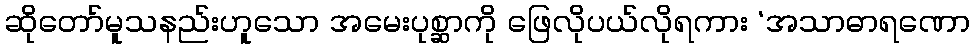
ဆိုတော်မူသနည်းဟူသော အမေးပုစ္ဆာကို ဖြေလိုပယ်လိုရကား ‘အသာဓာရဏော